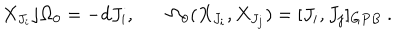
LaTeX: X _ { J _ { i } } \rfloor \Omega _ { 0 } = - d J _ { i } , ~ \Omega _ { 0 } ( X _ { J _ { i } } , X _ { J _ { j } } ) = [ J _ { i } , J _ { j } ] _ { G P B } ~ .